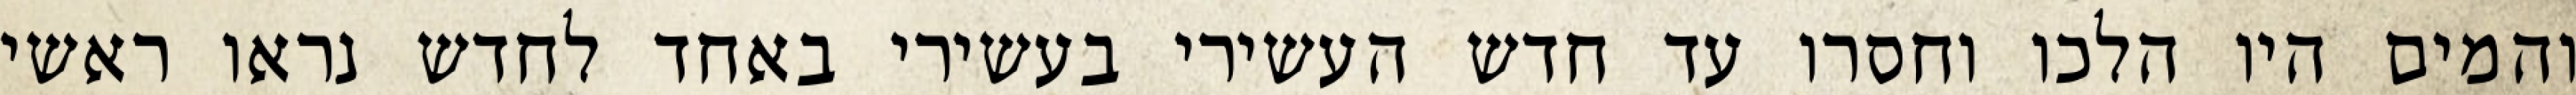
והמים היו הלכו וחסרו עד חדש העשירי בעשירי באחד לחדש נראו ראשי